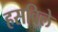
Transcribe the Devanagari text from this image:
हसविले